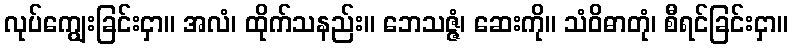
လုပ်ကျွေးခြင်းငှာ။ အလံ၊ ထိုက်သနည်း။ ဘေသဇ္ဇံ၊ ဆေးကို။ သံဝိဓာတုံ၊ စီရင်ခြင်းငှာ။